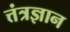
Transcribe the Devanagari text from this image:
त्तंत्रज्ञान